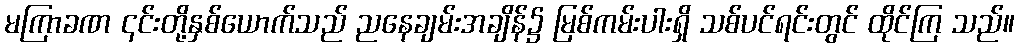
မကြာခဏ ၎င်းတို့နှစ်ယောက်သည် ညနေချမ်းအချိန်၌ မြစ်ကမ်းပါးရှိ သစ်ပင်ရင်းတွင် ထိုင်ကြ သည်။